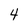
Character: 4